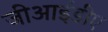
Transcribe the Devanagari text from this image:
जीआईडीए